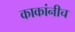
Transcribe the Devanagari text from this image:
काकांनीच